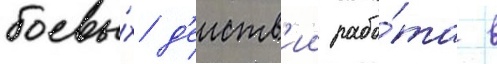
боевы́х д'еиств'ии рабо́та в